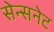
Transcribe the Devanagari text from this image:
सेन्सनेट